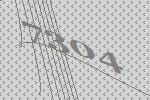
7304